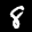
Label: 8